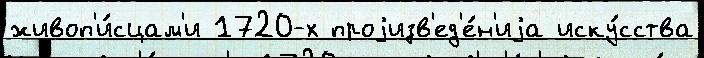
живоп'и́сцам'и 1720-х проjизв'ед'е́н'иjа иску́сства